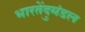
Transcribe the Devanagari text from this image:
भारतेंदुमंडल